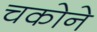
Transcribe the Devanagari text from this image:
चकोने